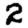
Digit: 2